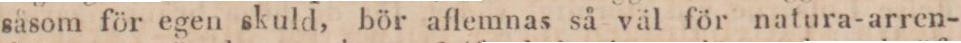
såsom för egen skuld, bör aflemnas så väl för natura-arren-